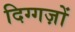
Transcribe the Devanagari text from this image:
दिग्गज़ों